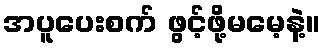
အပူပေးစက် ဖွင့်ဖို့မမေ့နဲ့။